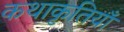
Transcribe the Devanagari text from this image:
कथाकृतियाँ